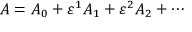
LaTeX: A = A _ { 0 } + \varepsilon ^ { 1 } A _ { 1 } + \varepsilon ^ { 2 } A _ { 2 } + \cdots